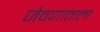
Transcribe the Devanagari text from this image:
जेवणाताला